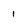
Character: 1